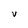
Character: e